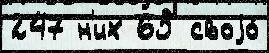
247 н'их 65 своjо́